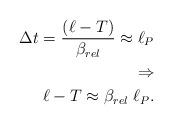
LaTeX: \begin{align*}\Delta t = {(\ell-T)\over\beta_{rel}}\approx\ell_P \\ \Rightarrow \\\ell - T \approx \beta_{rel}\; \ell_P.\end{align*}